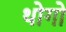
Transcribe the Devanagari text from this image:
थोगो